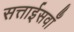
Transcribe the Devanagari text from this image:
सत्ताईसवाँ